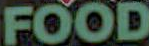
FOOD